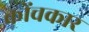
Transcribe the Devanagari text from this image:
कोंचकार